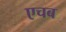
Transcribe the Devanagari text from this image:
एचब